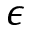
\epsilon